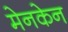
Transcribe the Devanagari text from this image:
मेनकेन